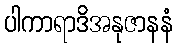
ပါကာရာဒိအနုဇာနနံ